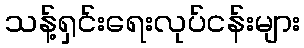
သန့်ရှင်းရေးလုပ်ငန်းများ